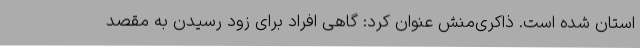
استان شده است. ذاکری‌منش عنوان کرد: گاهی افراد برای زود رسیدن به مقصد